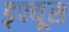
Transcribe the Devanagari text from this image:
ड्फ्यूस